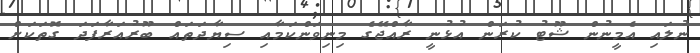
ނުލައި އެމީނުން ޝޫޓު ކުރަން އުޅުނީ ރާއްޖޭގެ މިނިވަންކަމާއި ސިޔާދަތައް ބޫރުއަރާފަދަ ގޮތަކަށް